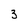
Character: 3